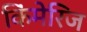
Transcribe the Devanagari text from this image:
किंमेरिज